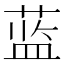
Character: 蓝